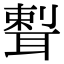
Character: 𦖨